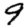
Digit: 9